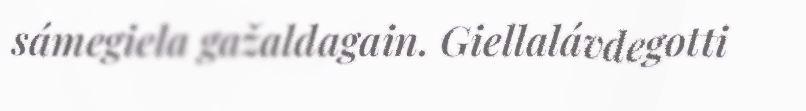
sámegiela gažaldagain. Giellalávdegotti